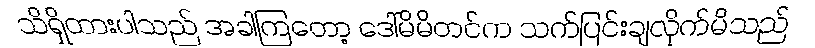
သိရှိထားပါသည် အခါကြတော့ ဒေါ်မိမိတင်က သက်ပြင်းချလိုက်မိသည်